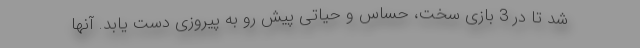
شد تا در 3 بازی سخت، حساس و حیاتی پیش رو به پیروزی دست یابد. آنها